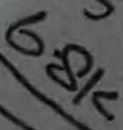
Text: 6.8K